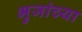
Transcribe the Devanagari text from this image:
भुजांच्या